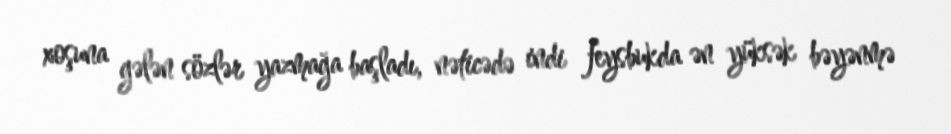
xoşuna gələn sözlər yazmağa başladı, nəticədə indi feysbukda ən yüksək bəyənmə